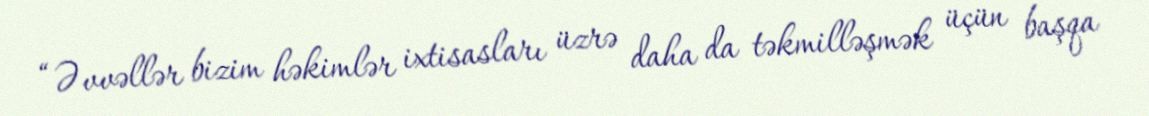
“Əvvəllər bizim həkimlər ixtisasları üzrə daha da təkmilləşmək üçün başqa